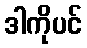
ဒါကိုပင်